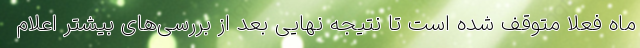
ماه فعلا متوقف شده است تا نتیجه نهایی بعد از بررسی‌های بیشتر اعلام